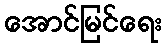
အောင်မြင်ရေး